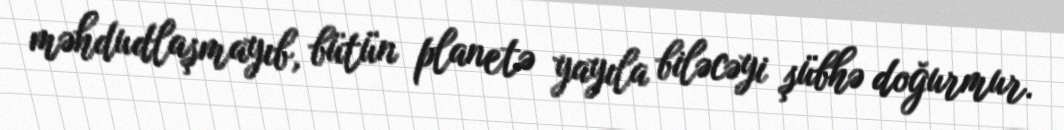
məhdudlaşmayıb, bütün planetə yayıla biləcəyi şübhə doğurmur.